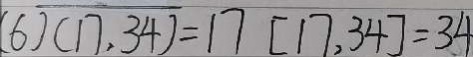
( 6 ) ( 1 7 , 3 4 ) = 1 7 [ 1 7 , 3 4 ] = 3 4